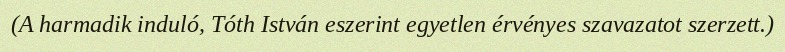
(A harmadik induló, Tóth István eszerint egyetlen érvényes szavazatot szerzett.)